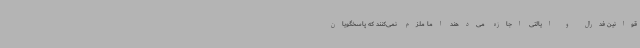
قوانین فدرال و ایالتی اجازه می‌دهند اما ملزم نمی‌کنند که پاسخگویان